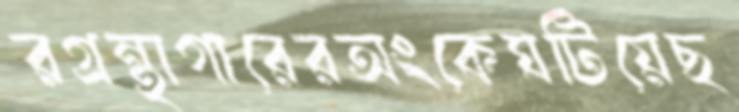
রগ্রন্থাগারেরঅংকেঘটিয়েছ